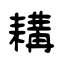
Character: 耩